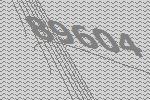
89604